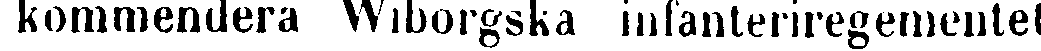
kommendera Wiborgska infanteriregementet